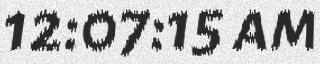
12:07:15 am